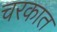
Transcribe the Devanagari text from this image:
चरकात